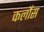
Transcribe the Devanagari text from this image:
कर्लोस